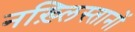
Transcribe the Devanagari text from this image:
नख़्लिस्तानों